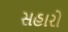
સહારો